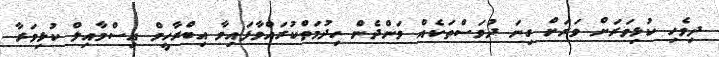
ދިވެހި ކުޅިވަަރަށް ވަރަށް ގިނަ ދުވަސްތަކެއް ވަންދެން ހިދުމަތްކުރައްވާފައިވާ އިބްރާހީމް އިސްމާއިލް ކުޅިވަރާ